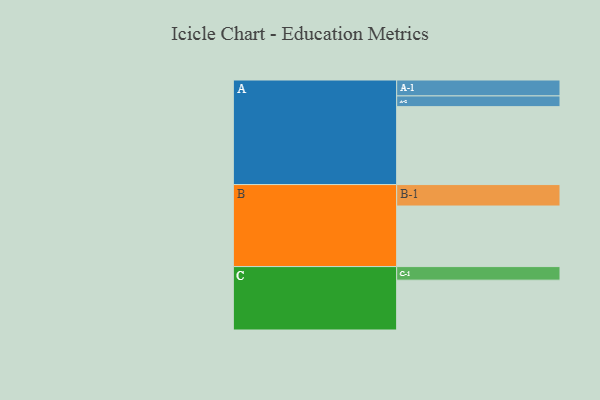
{"axis": {"x": "Segment", "y": "Value"}, "legend": ["", "A", "B", "C"], "data": [{"x": "A", "y": 494, "type": ""}, {"x": "B", "y": 384, "type": ""}, {"x": "C", "y": 316, "type": ""}, {"x": "A-1", "y": 101, "type": "A"}, {"x": "A-2", "y": 68, "type": "A"}, {"x": "B-1", "y": 136, "type": "B"}, {"x": "C-1", "y": 86, "type": "C"}]}